Vaccination in Burma 1920-1933 - 1920-1933
Year: 1920
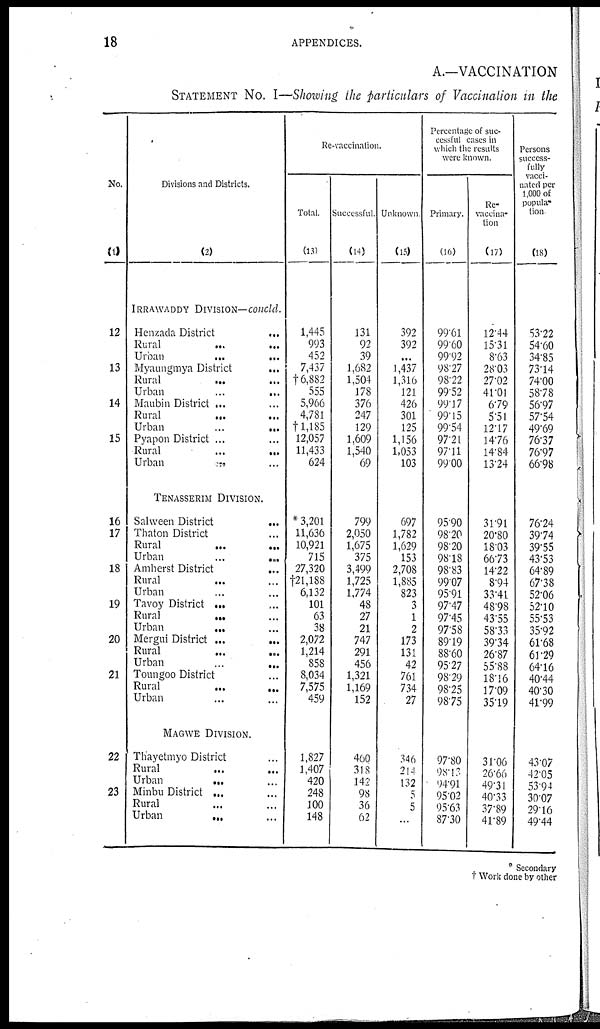
18
APPENDICES.
A.—VACCINATION
STATEMENT NO. I—Showing the particulars of Vaccination in the
No.
(1)
12
13
14
15
16
17
18
19
20
21
22
23
Divisions and Districts.
(2)
IRRAWADDY DIVISION— concld.
Henzada District ...
Rural
...
...
Urban
...
...
Myaungmya District
...
Rural
...
...
Urban
...
...
Maubin District ... ...
Rural
...
...
Urban
...
...
Pyapon District ... ...
Rural
...
...
Urban ... ...
TENASSERIM DIVISION.
Salween District
...
Thaton District ...
Rural ... ...
Urban
...
...
Amherst District
...
Rural ... ...
Urban ... ...
Tavoy District
...
...
Rural
...
...
Urban
... ...
Mergui District ...
...
Rural
...
...
Urban
...
...
Toungoo District ...
Rural
...
...
Urban ... ...
MAGWE DIVISION.
Thayetmyo District ...
Rural ... ...
Urban
...
...
Minbu District ... ...
Rural ... ...
Urban
...
...
Re-vaccination.
Total.
(13)
1,445
993
452
7,437
†6,882
555
5,966
4,781
†1,185
12,057
11,433
624
* 3,201
11,636
10,921
715
27,320
†21,188
6,132
101
63
38
2,072
1,214
858
8,034
7,575
459
1,827
1,407
420
248
100
148
Successful.
(14)
131
92
39
1,682
1,504
178
376
247
129
1,609
1,540
69
799
2,050
1,675
375
3,499
1,725
1,774
48
27
21
747
291
456
1,321
1,169
152
460
318
142
98
36
62
Unknown
(15)
392
392
...
1,437
1,316
121
426
301
125
1,156
1,053
103
697
1,782
1,629
153
2,708
1,885
823
3
1
2
173
131
42
761
734
27
346
214
132
5
5
...
Percentage of suc-
cessful cases in
which the results
were known.
Primary.
(16)
99.61
99.60
99.92
98.27
98.22
99.52
99.17
99.15
99.54
97.21
97.11
99.00
95.90
98.20
98.20
98.18
98.83
99.07
95.91
97.47
97.45
97.58
89.19
88.60
95.27
98.29
98.25
98.75
97.80
98.13
94.91
95.02
95.63
87.30
Re-
vaccina-
tion
(17)
12.44
15.31
8.63
28.03
27.02
41.01
6.79
5.51
12.17
14.76
14.84
13.24
31.91
20.80
18.03
66.73
14.22
8.94
33.41
48.98
43.55
58.33
39.34
26.87
55.88
18.16
17.09
35.19
31.06
26.66
49.31
40.33
37.89
41.89
Persons
success-
fully
vacci-
nated per
1,000 of
popula-
tion
(18)
53.22
54.60
34.85
73.14
74.00
58.78
56.97
57.54
49.69
76.37
76.97
66.98
76.24
39.74
39.55
43.53
64.89
67.38
52.06
52.10
55.53
35.92
61.68
61.29
64.16
40.44
40.30
41.99
43.07
42.05
53.94
30.07
29.16
49.44
* Secondary
† Work done by other